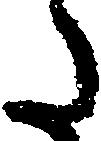
た